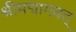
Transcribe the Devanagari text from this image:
श्रीमद्मागवत्